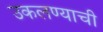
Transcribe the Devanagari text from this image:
उकलण्याची